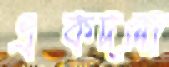
একদলা